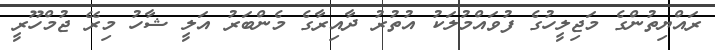
ރައްޔިތުންގެ މަޖިލީހުގެ ފުވައްމުލަކު އުތުރު ދާއިރާގެ މެންބަރު އަލީ ޝާހު މިރޭ ޖުމްހޫރީ